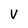
Character: V